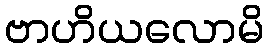
ဗာဟိယလောမိ